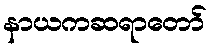
နာယကဆရာတော်